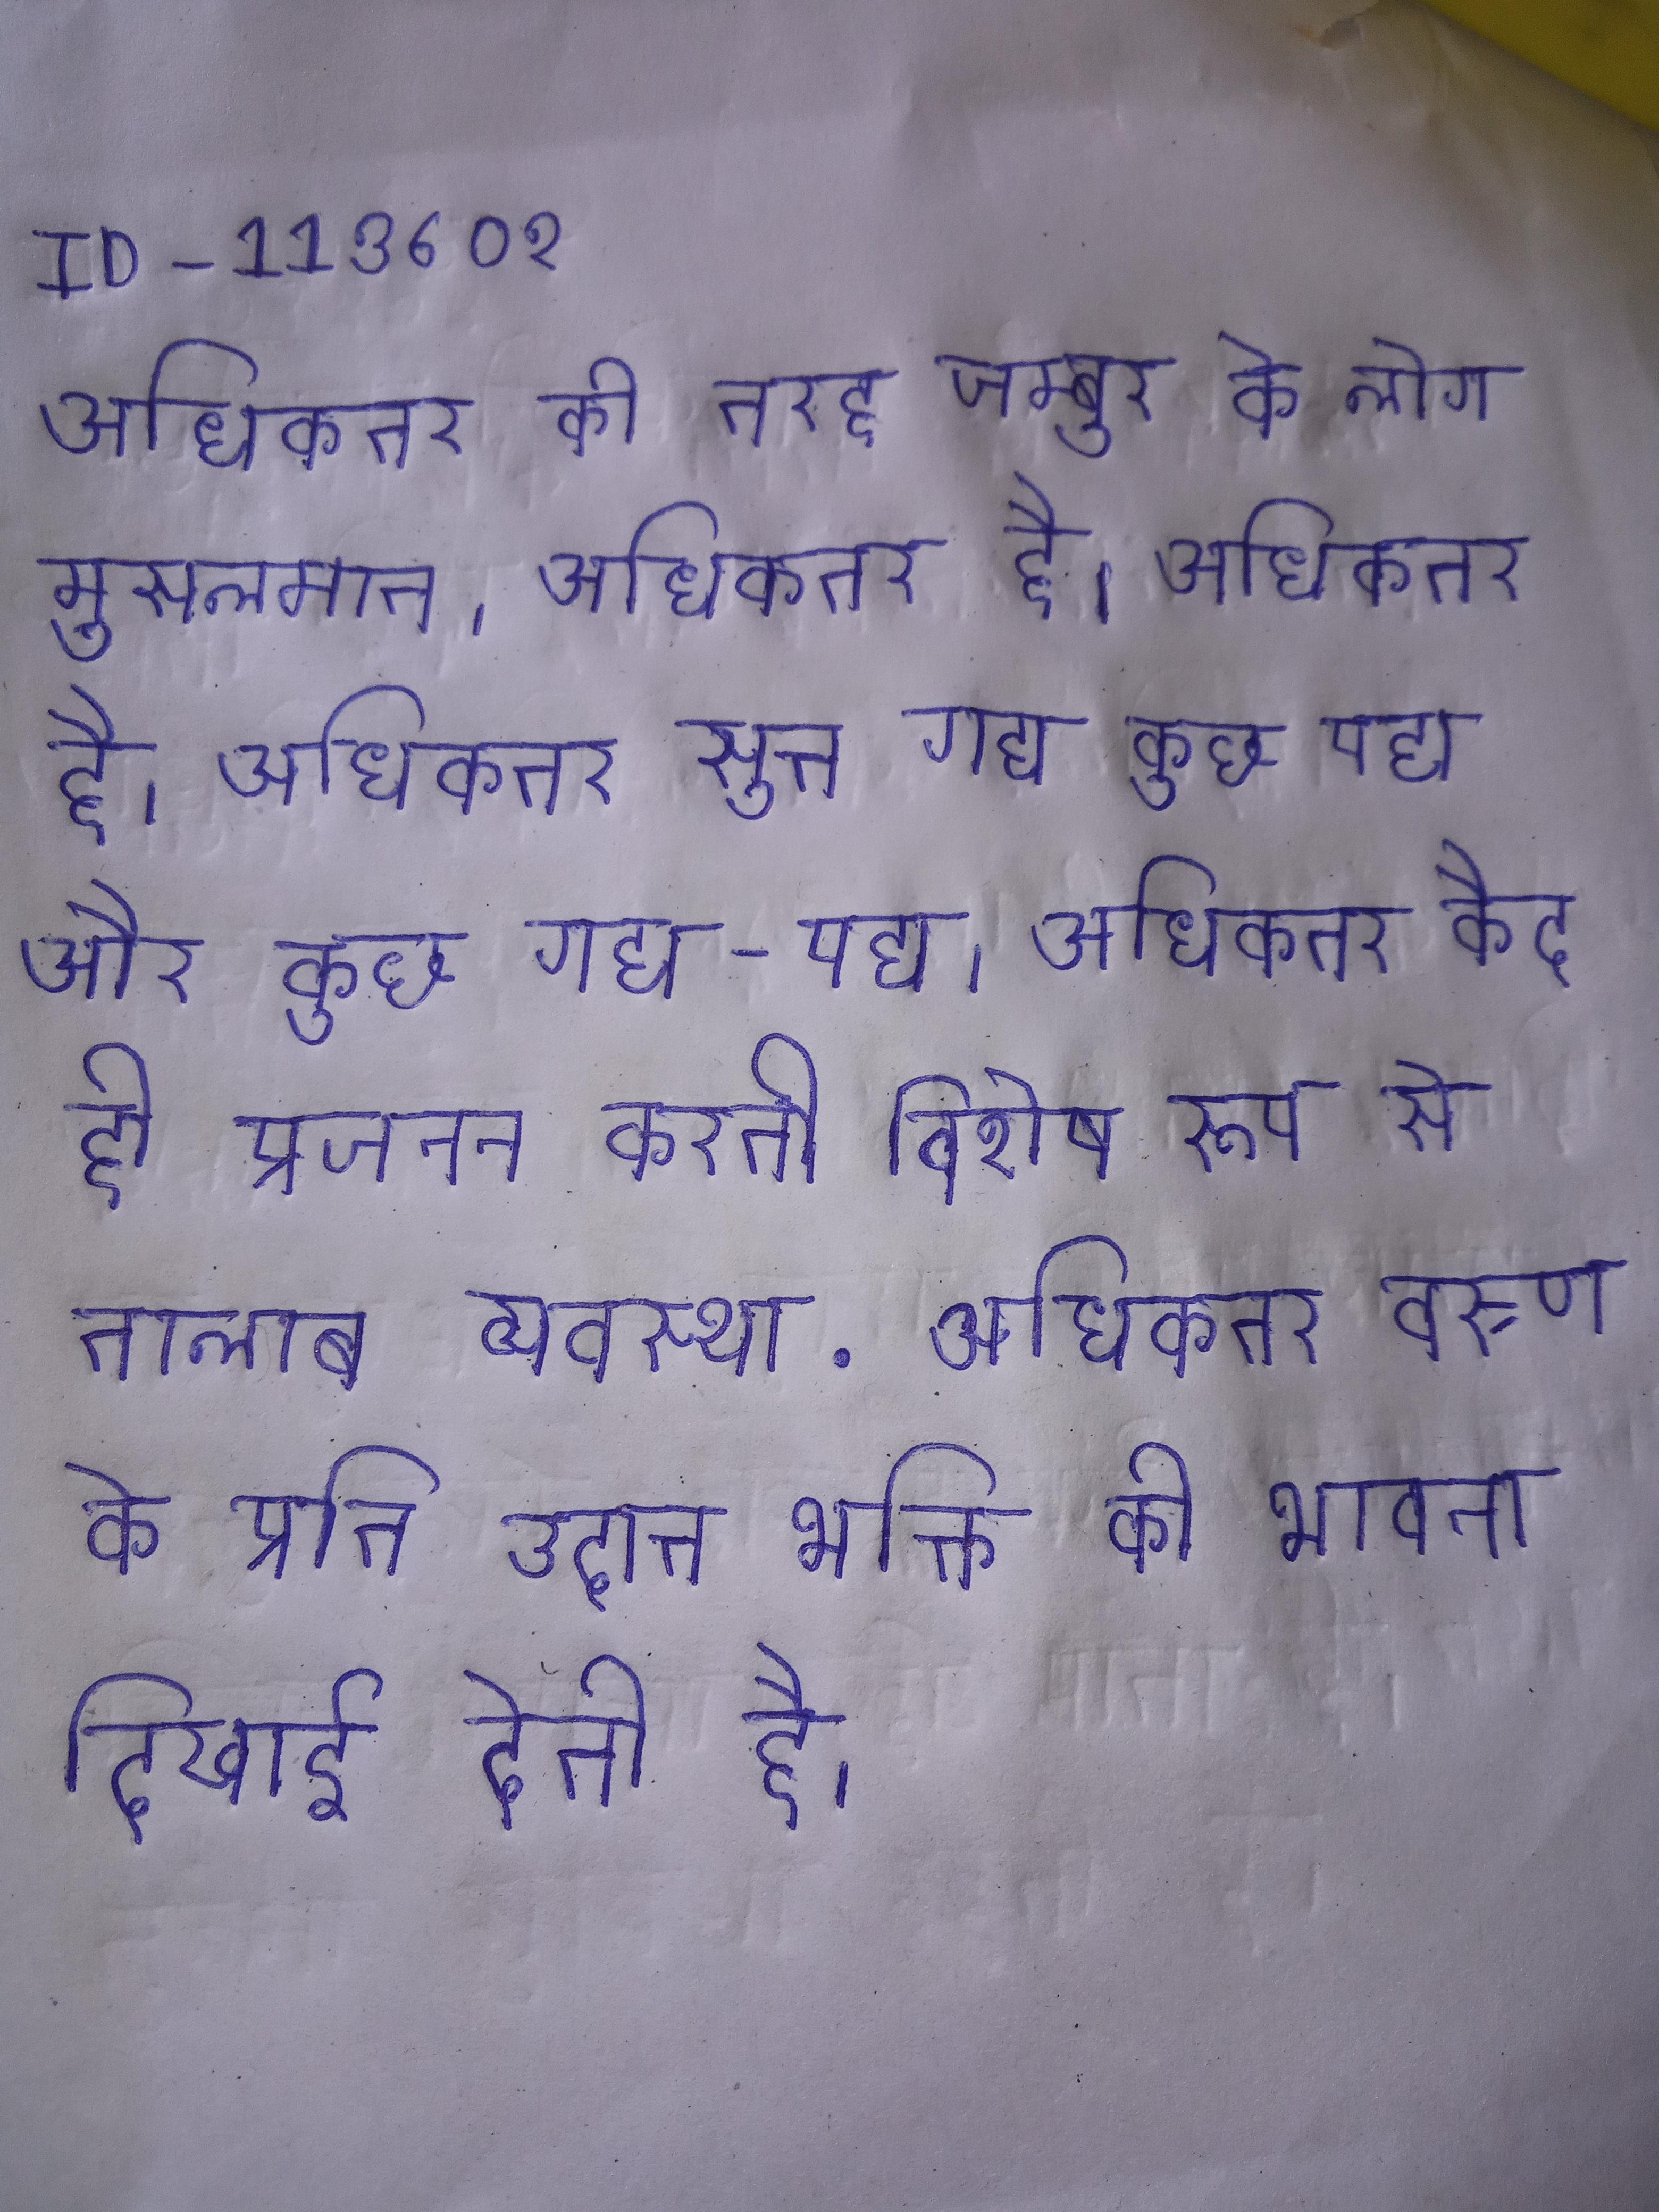
अधिकतर की तरह जम्बुर के लोग मुसलमान । अधिकतर है । अधिकतर सुत्त गद्य कुछ पद्य और कुछ गद्य-पद्य । अधिकतर कैद ही प्रजनन करती विशेष रूप से तालाब व्यवस्था . अधिकतर वस्र्ण के प्रति उदात्त भक्ति की भावना दिखाई देती है ।